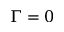
\Gamma = 0